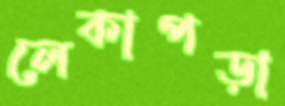
লেকাপড়া